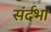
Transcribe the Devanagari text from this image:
संर्दभा